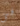
فى